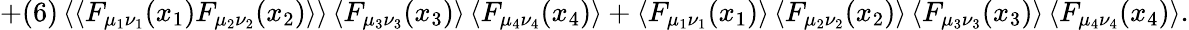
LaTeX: +(6)\left<\left<F_{\mu_{1}\nu_{1}}(x_{1})F_{\mu_{2}\nu_{2}}(x_{2})\right>\right>\left<F_{\mu_{3}\nu_{3}}(x_{3})\right>\left<F_{\mu_{4}\nu_{4}}(x_{4})\right>+\left<F_{\mu_{1}\nu_{1}}(x_{1})\right>\left<F_{\mu_{2}\nu_{2}}(x_{2})\right>\left<F_{\mu_{3}\nu_{3}}(x_{3})\right>\left<F_{\mu_{4}\nu_{4}}(x_{4})\right>.